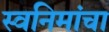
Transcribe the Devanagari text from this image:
स्वनिमांचा